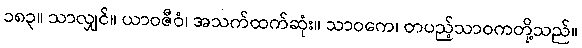
၁၈၃။ သာလျှင်။ ယာဝဇီဝံ၊ အသက်ထက်ဆုံး။ သာဝကေ၊ တပည့်သာဝကတို့သည်။